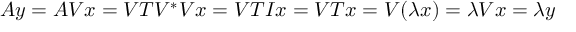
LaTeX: A y = A V x = V T V ^ { * } V x = V T I x = V T x = V ( \lambda x ) = \lambda V x = \lambda y